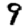
Digit: 9